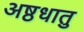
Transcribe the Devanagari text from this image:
अष्ठधातु